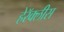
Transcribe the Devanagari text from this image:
हेरॅक्लीस